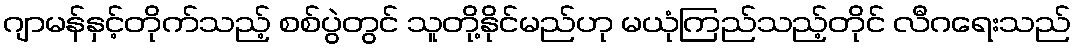
ဂျာမန်နှင့်တိုက်သည့် စစ်ပွဲတွင် သူတို့နိုင်မည်ဟု မယုံကြည်သည့်တိုင် လီဂရေးသည်